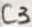
Text: C3